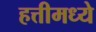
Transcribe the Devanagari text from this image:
हत्तीमध्ये